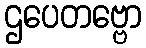
ဌပေတဗ္ဗော